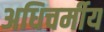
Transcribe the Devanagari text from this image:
अधिचर्मीय